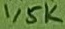
Text: 1,5K